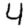
Digit: 4